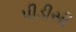
પીડીસી